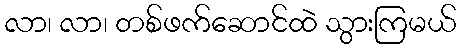
လာ၊ လာ၊ တစ်ဖက်ဆောင်ထဲ သွားကြမယ်